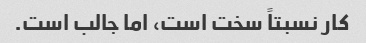
کار نسبتاً سخت است، اما جالب است.